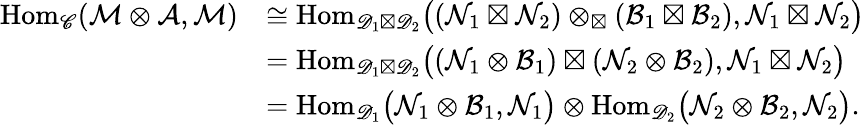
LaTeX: \begin{array}{rl}{\mathrm{Hom}_{\mathscr{C}}(\mathcal{M}\otimes\mathcal{A},\mathcal{M})}&{\cong\mathrm{Hom}_{\mathscr{D}_{1}\boxtimes\mathscr{D}_{2}}\big((\mathcal{N}_{1}\boxtimes\mathcal{N}_{2})\otimes_{\boxtimes}(\mathcal{B}_{1}\boxtimes\mathcal{B}_{2}),\mathcal{N}_{1}\boxtimes\mathcal{N}_{2}\big)}\\ &{=\mathrm{Hom}_{\mathscr{D}_{1}\boxtimes\mathscr{D}_{2}}\big((\mathcal{N}_{1}\otimes\mathcal{B}_{1})\boxtimes(\mathcal{N}_{2}\otimes\mathcal{B}_{2}),\mathcal{N}_{1}\boxtimes\mathcal{N}_{2}\big)}\\ &{=\mathrm{Hom}_{\mathscr{D}_{1}}\big(\mathcal{N}_{1}\otimes\mathcal{B}_{1},\mathcal{N}_{1}\big)\otimes\mathrm{Hom}_{\mathscr{D}_{2}}\big(\mathcal{N}_{2}\otimes\mathcal{B}_{2},\mathcal{N}_{2}\big).}\end{array}